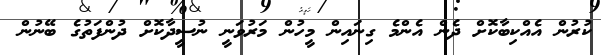
ކުރުން އެއްކިބާކޮށް ދެން އެންމެ ގިނައިން މީހުން މަރުވަނީ ނުސީދާކޮށް ދުންފަތުގެ ބޭނުން